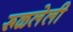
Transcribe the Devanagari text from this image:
रूळलेली